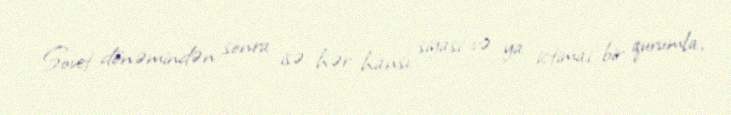
Sovet dönəmindən sonra isə hər hansı siyasi və ya ictimai bir qurumla,